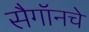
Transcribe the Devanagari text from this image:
सैगॉनचे